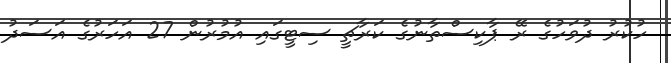
ހުކުރު ދުވަހުގެ ރޭ ޕާކިސްތާނުގެ ކަރާޗީ ސިޓީގައި އުމުރުން 27 އަހަރުގެ އަސަދު